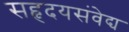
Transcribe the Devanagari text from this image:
सहृदयसंवेद्य